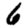
Digit: 6